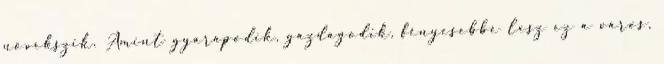
növekszik. Amint gyarapodik, gazdagodik, fényesebbé lesz ez a város,